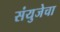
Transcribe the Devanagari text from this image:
संयुजेचा